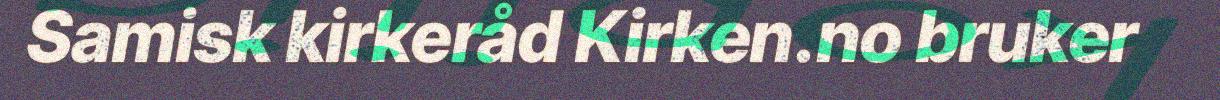
Samisk kirkeråd Kirken.no bruker